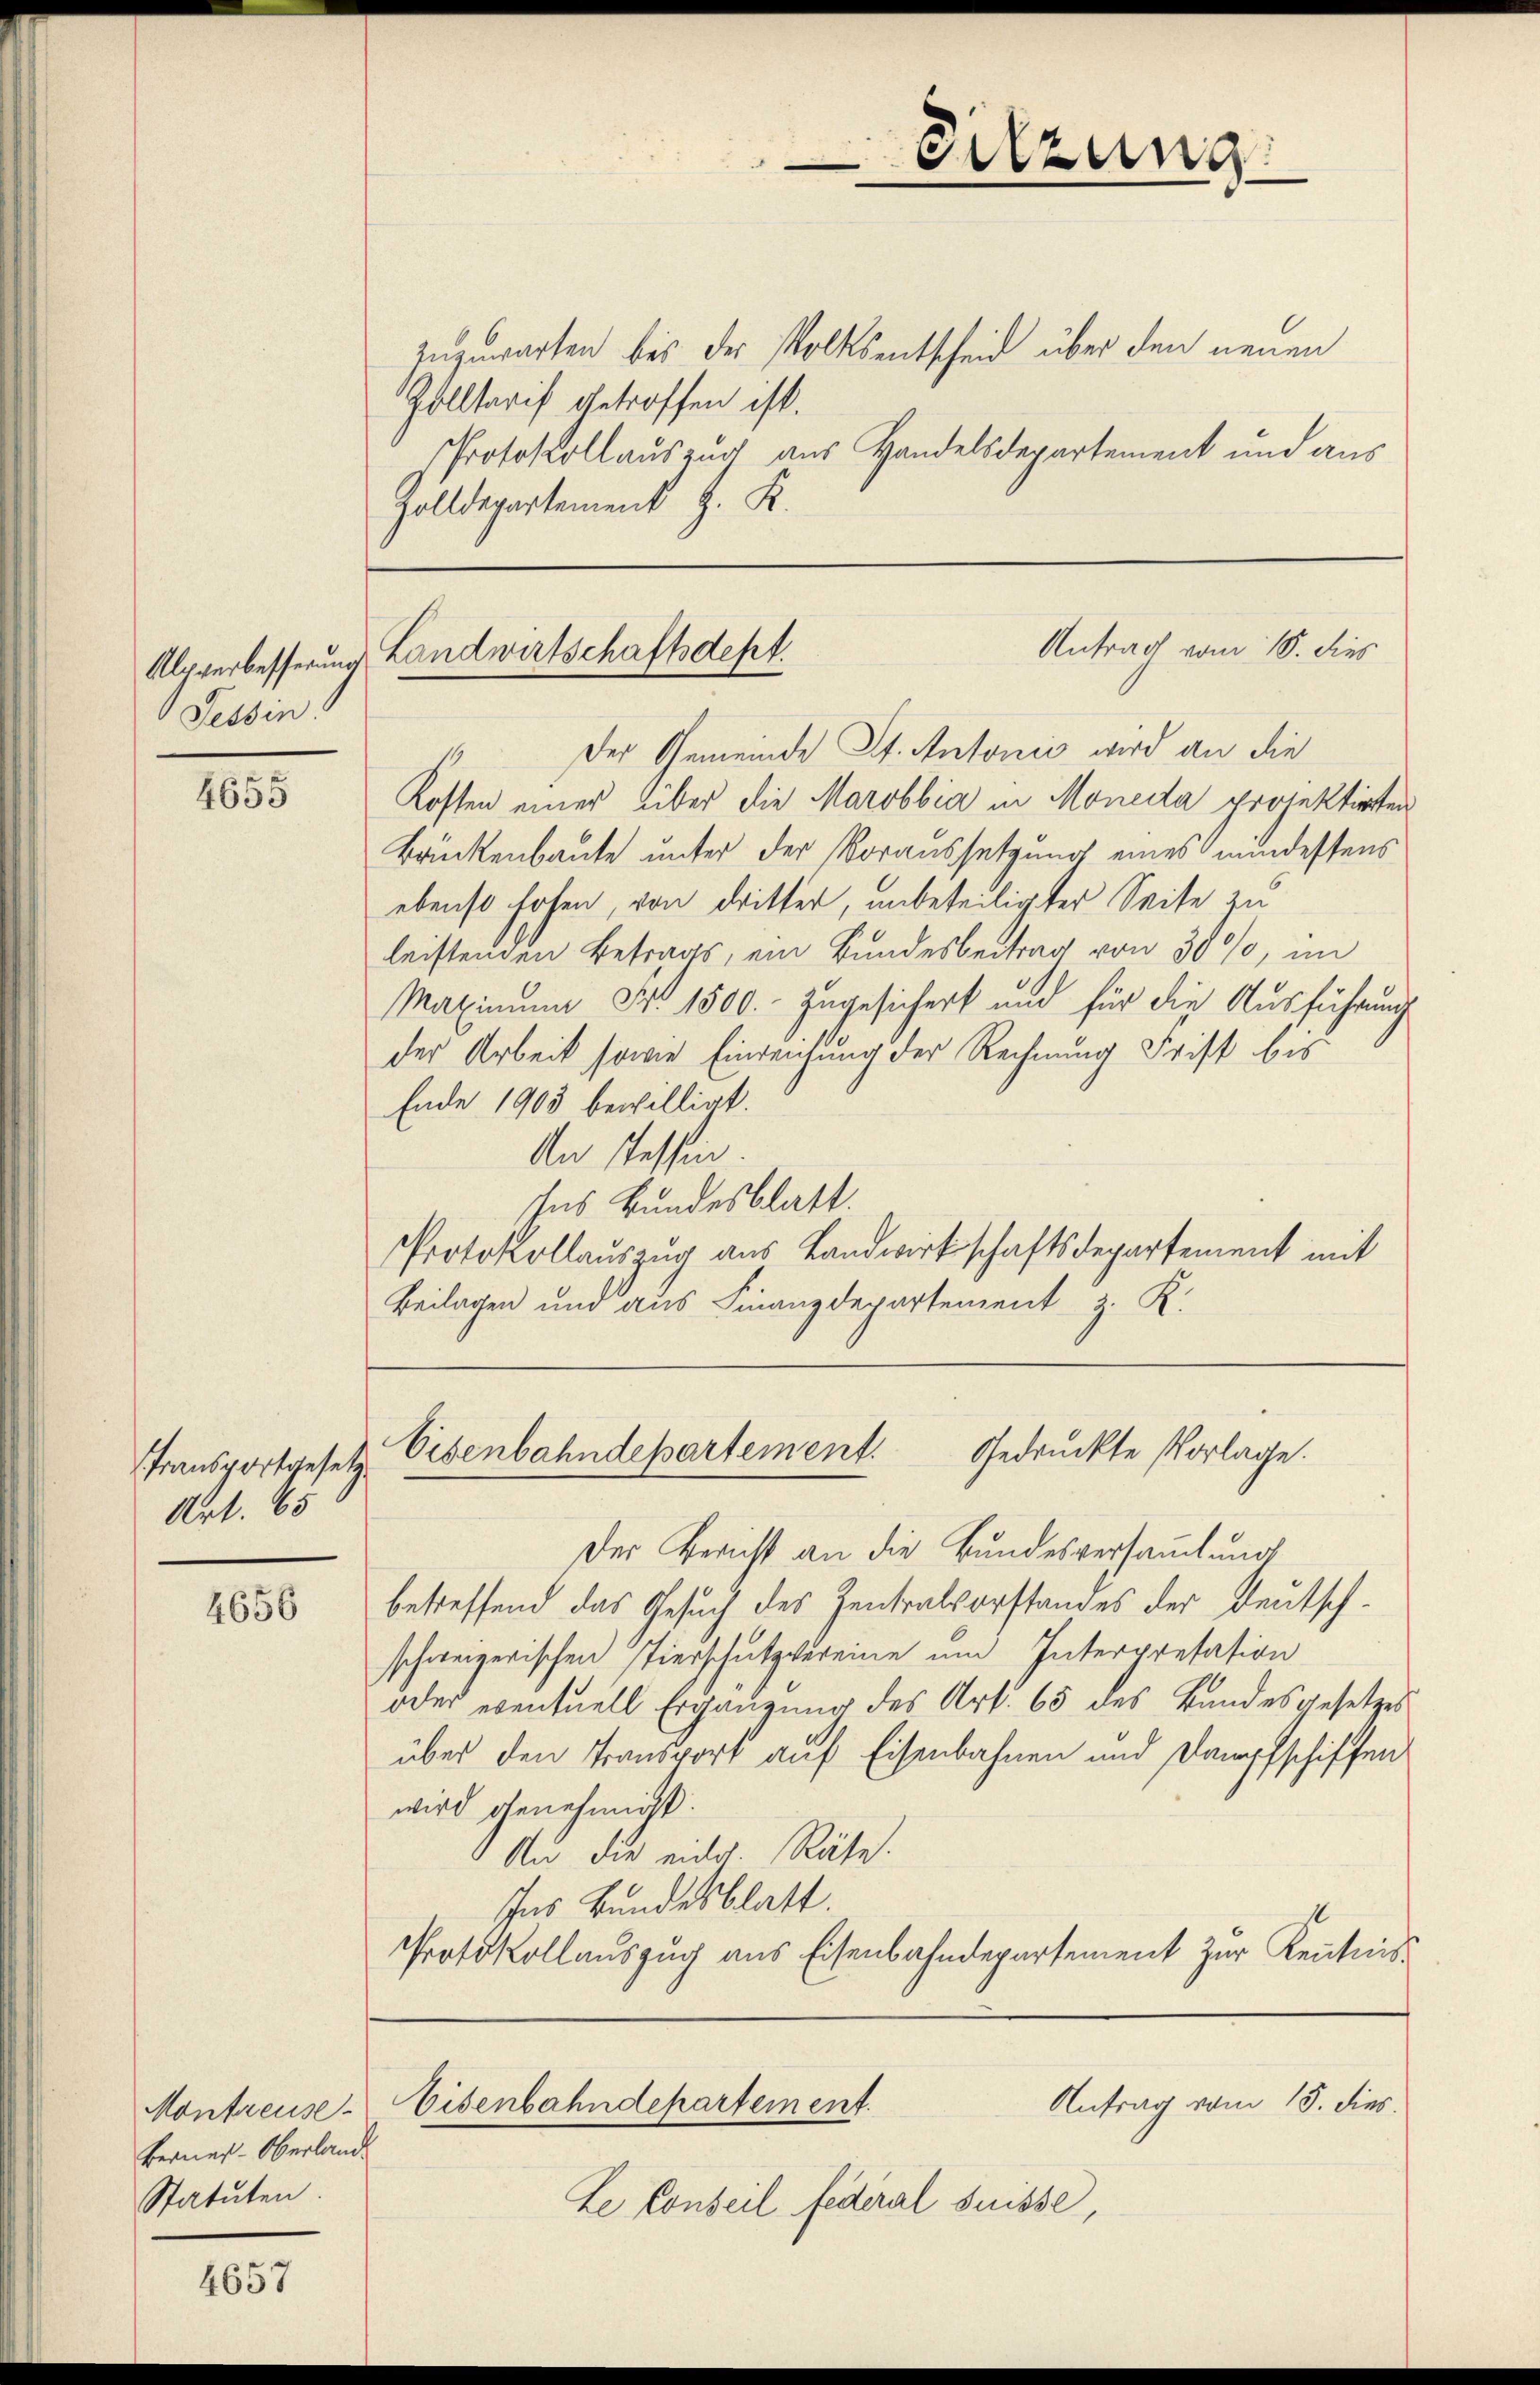
Alsverbesserung
Tessin.

4655

Transportgesetz
Art. 65

4656

Montreuse.
Berner-Oberland
Statuten

4657

Der Gemeinde St. Antonis wird an die
Kosten einer Über die Marobbia in Monecta projektirten
Brückenbaute unter der Voraussetzung eines mindestens
ebenst hohen, von dritter, unbeteiligter Seite zu
leistenden Betrags, ein Bundesbeitrag von 30%, im
Maximum Nr. 1500.- Zugesichert und für die Ausführung
der Arbeit sowie Einreichung der Rechnung Frist bis
Ende 1903 bewilligt.
An Tessin
Ins Bundesblatt.
Protokollauszug aus Landwirtschaftsdepartement mit
Beilagen und aus Finanzdepartement z. K.

Sitzung

zuzuwarten bis der Volksentscheid über den neuen
Golltarif getroffen ist.
Protokollauszug aus Handelsdepartement und aus
Zolldepartement J. K.

Antrag vom 18. dies
Landwirtschaftsdept.

Le Conseil federal Suisse,

Eisenbahndepartement. Gedruckte Vorlage.

Der Bericht an die Bundesversammlung
betreffend das Gesuch des Zentralvorstandes der Deutsch-
schweizerischen Tierschutzvereine um Interpretasion
oder eventuell Ergängung des Art. 65 des Bandesgesetzes
über den Transport auf Eisenbahnen und Dampfschiffen
wird genehmigt.
An die unter. Räte
Ins Bundesblatt.
Protokollauszug aus Eisenbahndepartement zur Kenntnis

Antrag vom 15. dies
Eisenbahndepartement.